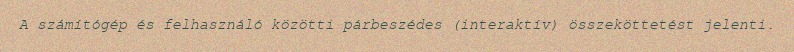
A számítógép és felhasználó közötti párbeszédes (interaktív) összeköttetést jelenti.